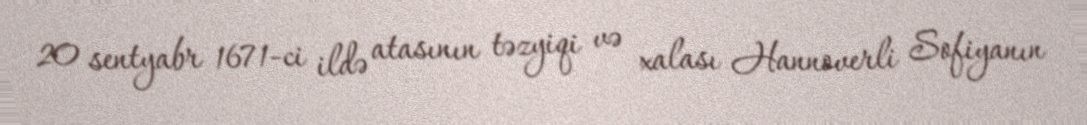
20 sentyabr 1671-ci ildə atasının təzyiqi və xalası Hannoverli Sofiyanın